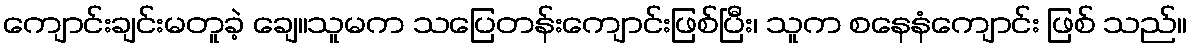
ကျောင်းချင်းမတူခဲ့ ချေ။သူမက သပြေတန်းကျောင်းဖြစ်ပြီး၊ သူက စနေနံကျောင်း ဖြစ် သည်။